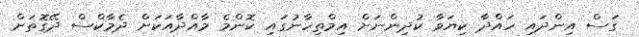
ގަސް އިންދައި ހައްދާ ކިޔަވާ ކުދިންނަށް އިމްތިހާނުގައި ކޮންމެ މާއްދާއަކަށް ދެމާކްސް ދޭގޮތަށް